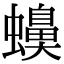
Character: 𧓝